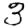
Digit: 3